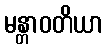
မန္တာဝတိယာ